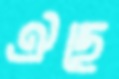
ঐছে